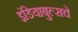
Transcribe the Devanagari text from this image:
इंडियाबुल्सचे